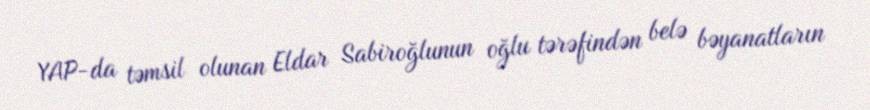
YAP-da təmsil olunan Eldar Sabiroğlunun oğlu tərəfindən belə bəyanatların